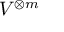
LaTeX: V ^ { \otimes m }